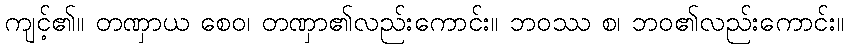
ကျင့်၏။ တဏှာယ စေဝ၊ တဏှာ၏လည်းကောင်း။ ဘဝဿ စ၊ ဘဝ၏လည်းကောင်း။